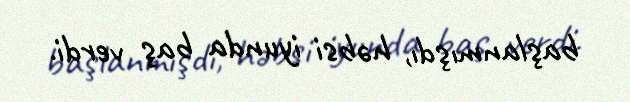
başlanmışdı, həbsi iyunda baş verdi.